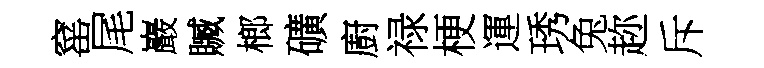
窰尾巖贓榔礦廚禄梗運琇兔趂斥